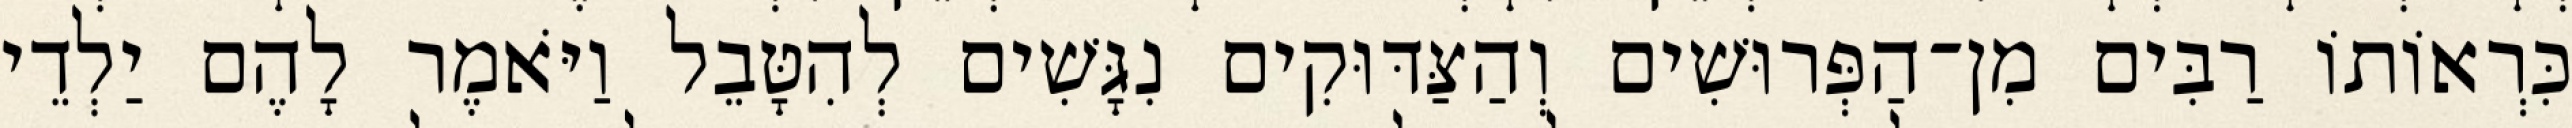
כִּרְאוֹתוֹ רַבִּים מִן־הַפְּרוּשִׁים וְהַצַּדּוּקִים נִגָּשִׁים לְהִטָּבֵל וַיֹּאמֶר לָהֶם יַלְדֵי